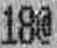
18@